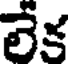
లేక